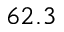
6 2 . 3